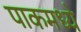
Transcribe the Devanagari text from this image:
पाकमध्ये